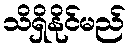
သိရှိနိုင်မည်